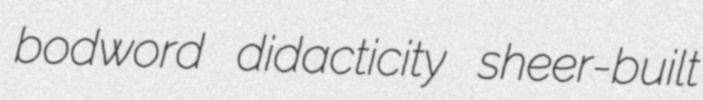
bodword didacticity sheer-built